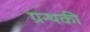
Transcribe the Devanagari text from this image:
ग्रन्थकी